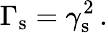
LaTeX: \Gamma_{\mathrm{s}}=\gamma_{\mathrm{s}}^{2}\, .